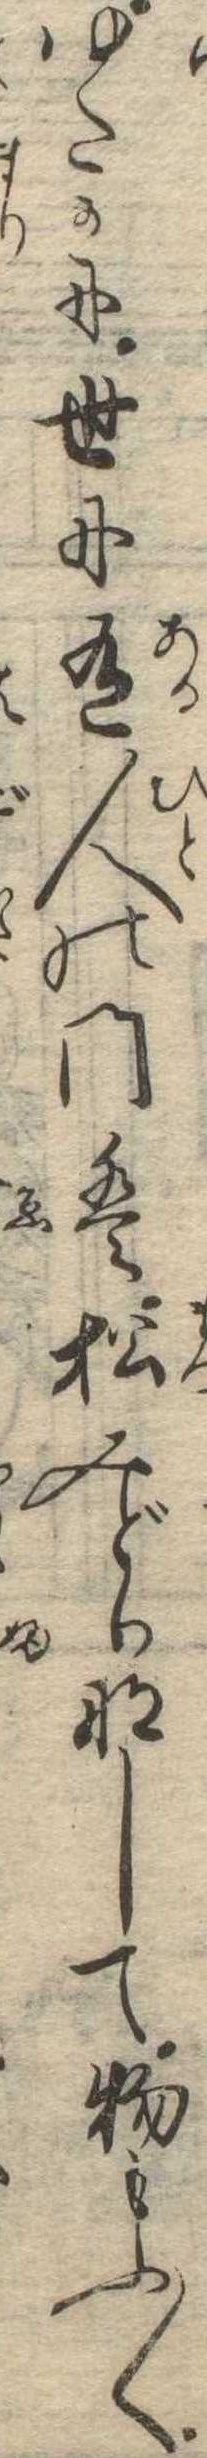
ゆたかに世に有人の門は松みどりなして物もふ〱